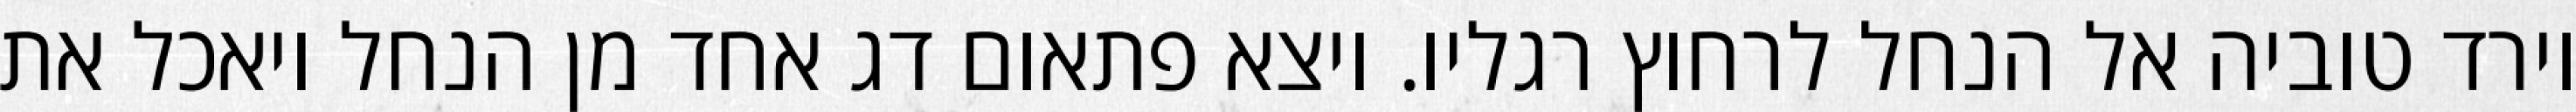
וירד טוביה אל הנחל לרחוץ רגליו. ויצא פתאום דג אחד מן הנחל ויאכל את